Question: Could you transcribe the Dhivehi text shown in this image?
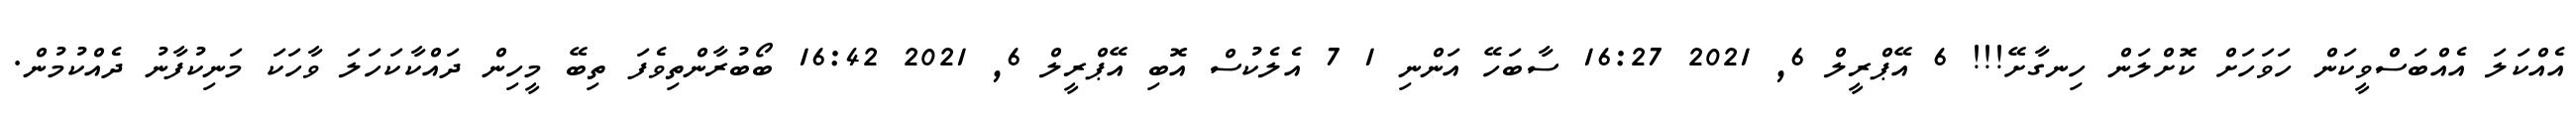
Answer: އެއްކަލަ އެއްބަސްވީކަން ހަވަހަށް ކޮށްލަން ހިނގާށޭ!!! 6 އޭޕްރީލް 6, 2021 16:27 ސާބަހޭ އަންނި 1 7 އެލެކުސް އޮބި އޭޕްރީލް 6, 2021 16:42 ބޯބުރާންތިވެފަ ތިބޭ މީހިން ދައްކާކަހަލަ ވާހަކަ މަނިކުފާނު ދެއްކުމުން.